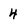
Character: 4